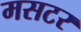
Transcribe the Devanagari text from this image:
मसटर